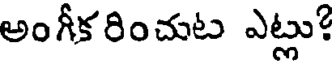
అంగీకరించుట ఎట్లు?